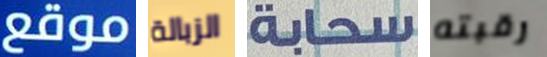
موقع الزبالة سحابة رقبته